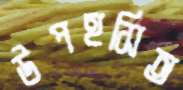
উপহসিত